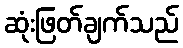
ဆုံးဖြတ်ချက်သည်